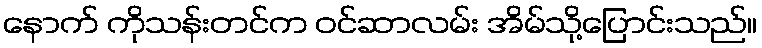
နောက် ကိုသန်းတင်က ဝင်ဆာလမ်း အိမ်သို့ပြောင်းသည်။